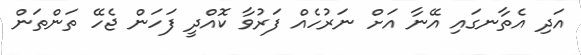
އަދި އެތާނގައި އޭނާ އަށް ނަރުހެއް ފަރުވާ ކޮއްދީ ފަހަން ޖެހޭ ތަންތަން